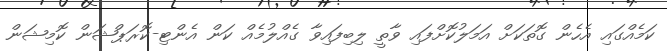
ކަމެއްގައި އެހެން ގޮތަކަށް އަމަލުކޮށްފައި ވާތީ ލިބިފައިވާ ގެއްލުމެއް ކަން އެންޓި-ކޮރަޕްޝަން ކޮމިޝަން